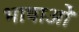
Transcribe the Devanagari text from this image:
भाषाओें